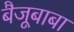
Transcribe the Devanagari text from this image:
बैजूबाबा